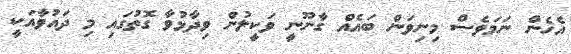
އެހެން ނަމަވެސް މިނިވަން ބައެއް ގާނޫނީ ވަކީލުން ވިދާޅުވާ ގޮތުގައި މި ދައުވާއަކީ